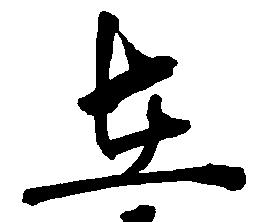
在